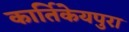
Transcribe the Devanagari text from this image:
कार्तिकेयपुरा